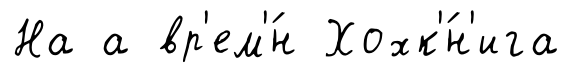
На а вр'ем'́н Хохк'́н'ига